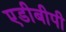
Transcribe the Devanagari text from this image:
एडीबीपी